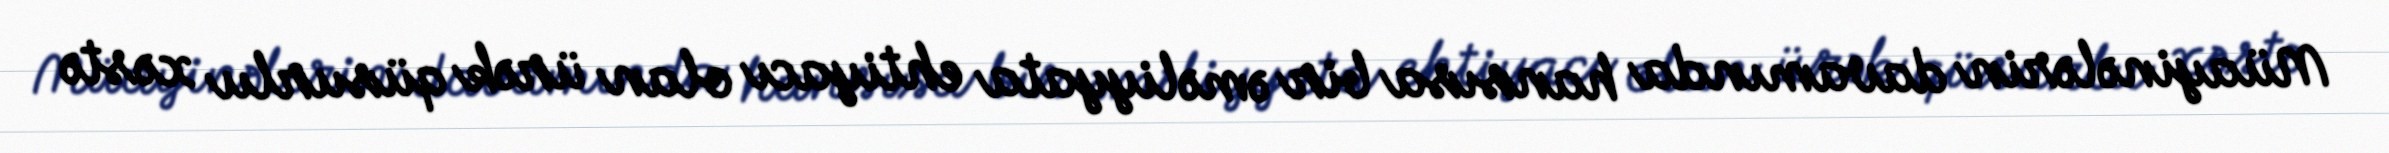
Müayinələrin davamında hansısa bir əməliyyata ehtiyacı olan ürək qüsurlu xəstə